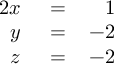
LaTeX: \begin{array} { r l r } { { 2 } x } & { { } \, = \, } & { 1 } \\ { y } & { { } \, = \, } & { - 2 } \\ { z } & { { } \, = \, } & { - 2 } \end{array}